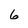
Character: 6